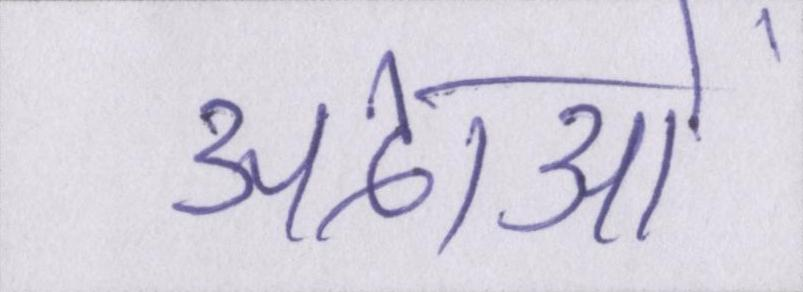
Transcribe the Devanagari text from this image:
अदाओं